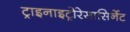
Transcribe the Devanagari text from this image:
ट्राइनाइट्रोरेसासिर्नेट